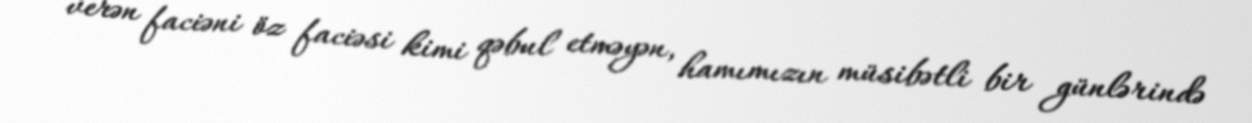
verən faciəni öz faciəsi kimi qəbul etməyən, hamımızın müsibətli bir günlərində